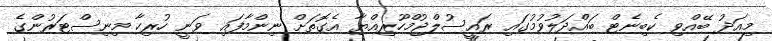
މިއަދު ބޭއްވި ކެބިނެޓް ބައްދަލުވުމުގައި ރައީސުލްޖުމްހޫރިއްޔާ އެގޮތަށް ނިންމާފައި ވަނީ ހުރިހާ މިނިސްޓަރުންގެ